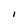
Character: l